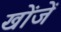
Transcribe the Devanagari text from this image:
खोंजें